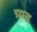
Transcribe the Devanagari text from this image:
ग्राड